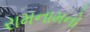
રામનામનો